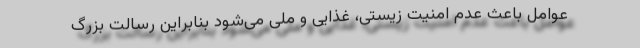
عوامل باعث عدم امنیت زیستی، غذایی و ملی می‌شود بنابراین رسالت بزرگ